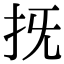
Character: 𢪑